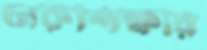
চারুশিক্ষার